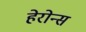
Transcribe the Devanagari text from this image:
हेरोन्स